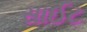
સાઈટ